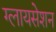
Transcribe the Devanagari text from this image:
ग्लायसेशन